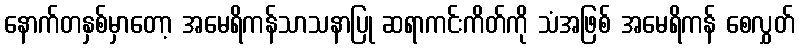
နောက်တနှစ်မှာတော့ အမေရိကန်သာသနာပြု ဆရာကင်းကိတ်ကို သံအဖြစ် အမေရိကန် စေလွှတ်